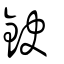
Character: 鈌